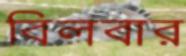
বিলবার